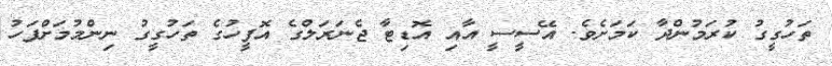
ތަހުގީގު ކުރަމުންދާ ކަމަށެވެ. އޭސީސީ އާއި އޮޑިޓާ ޖެނަރަލްގެ އޮފީހުގެ ތަހުގީގު ނިންމުމަށްފަހު